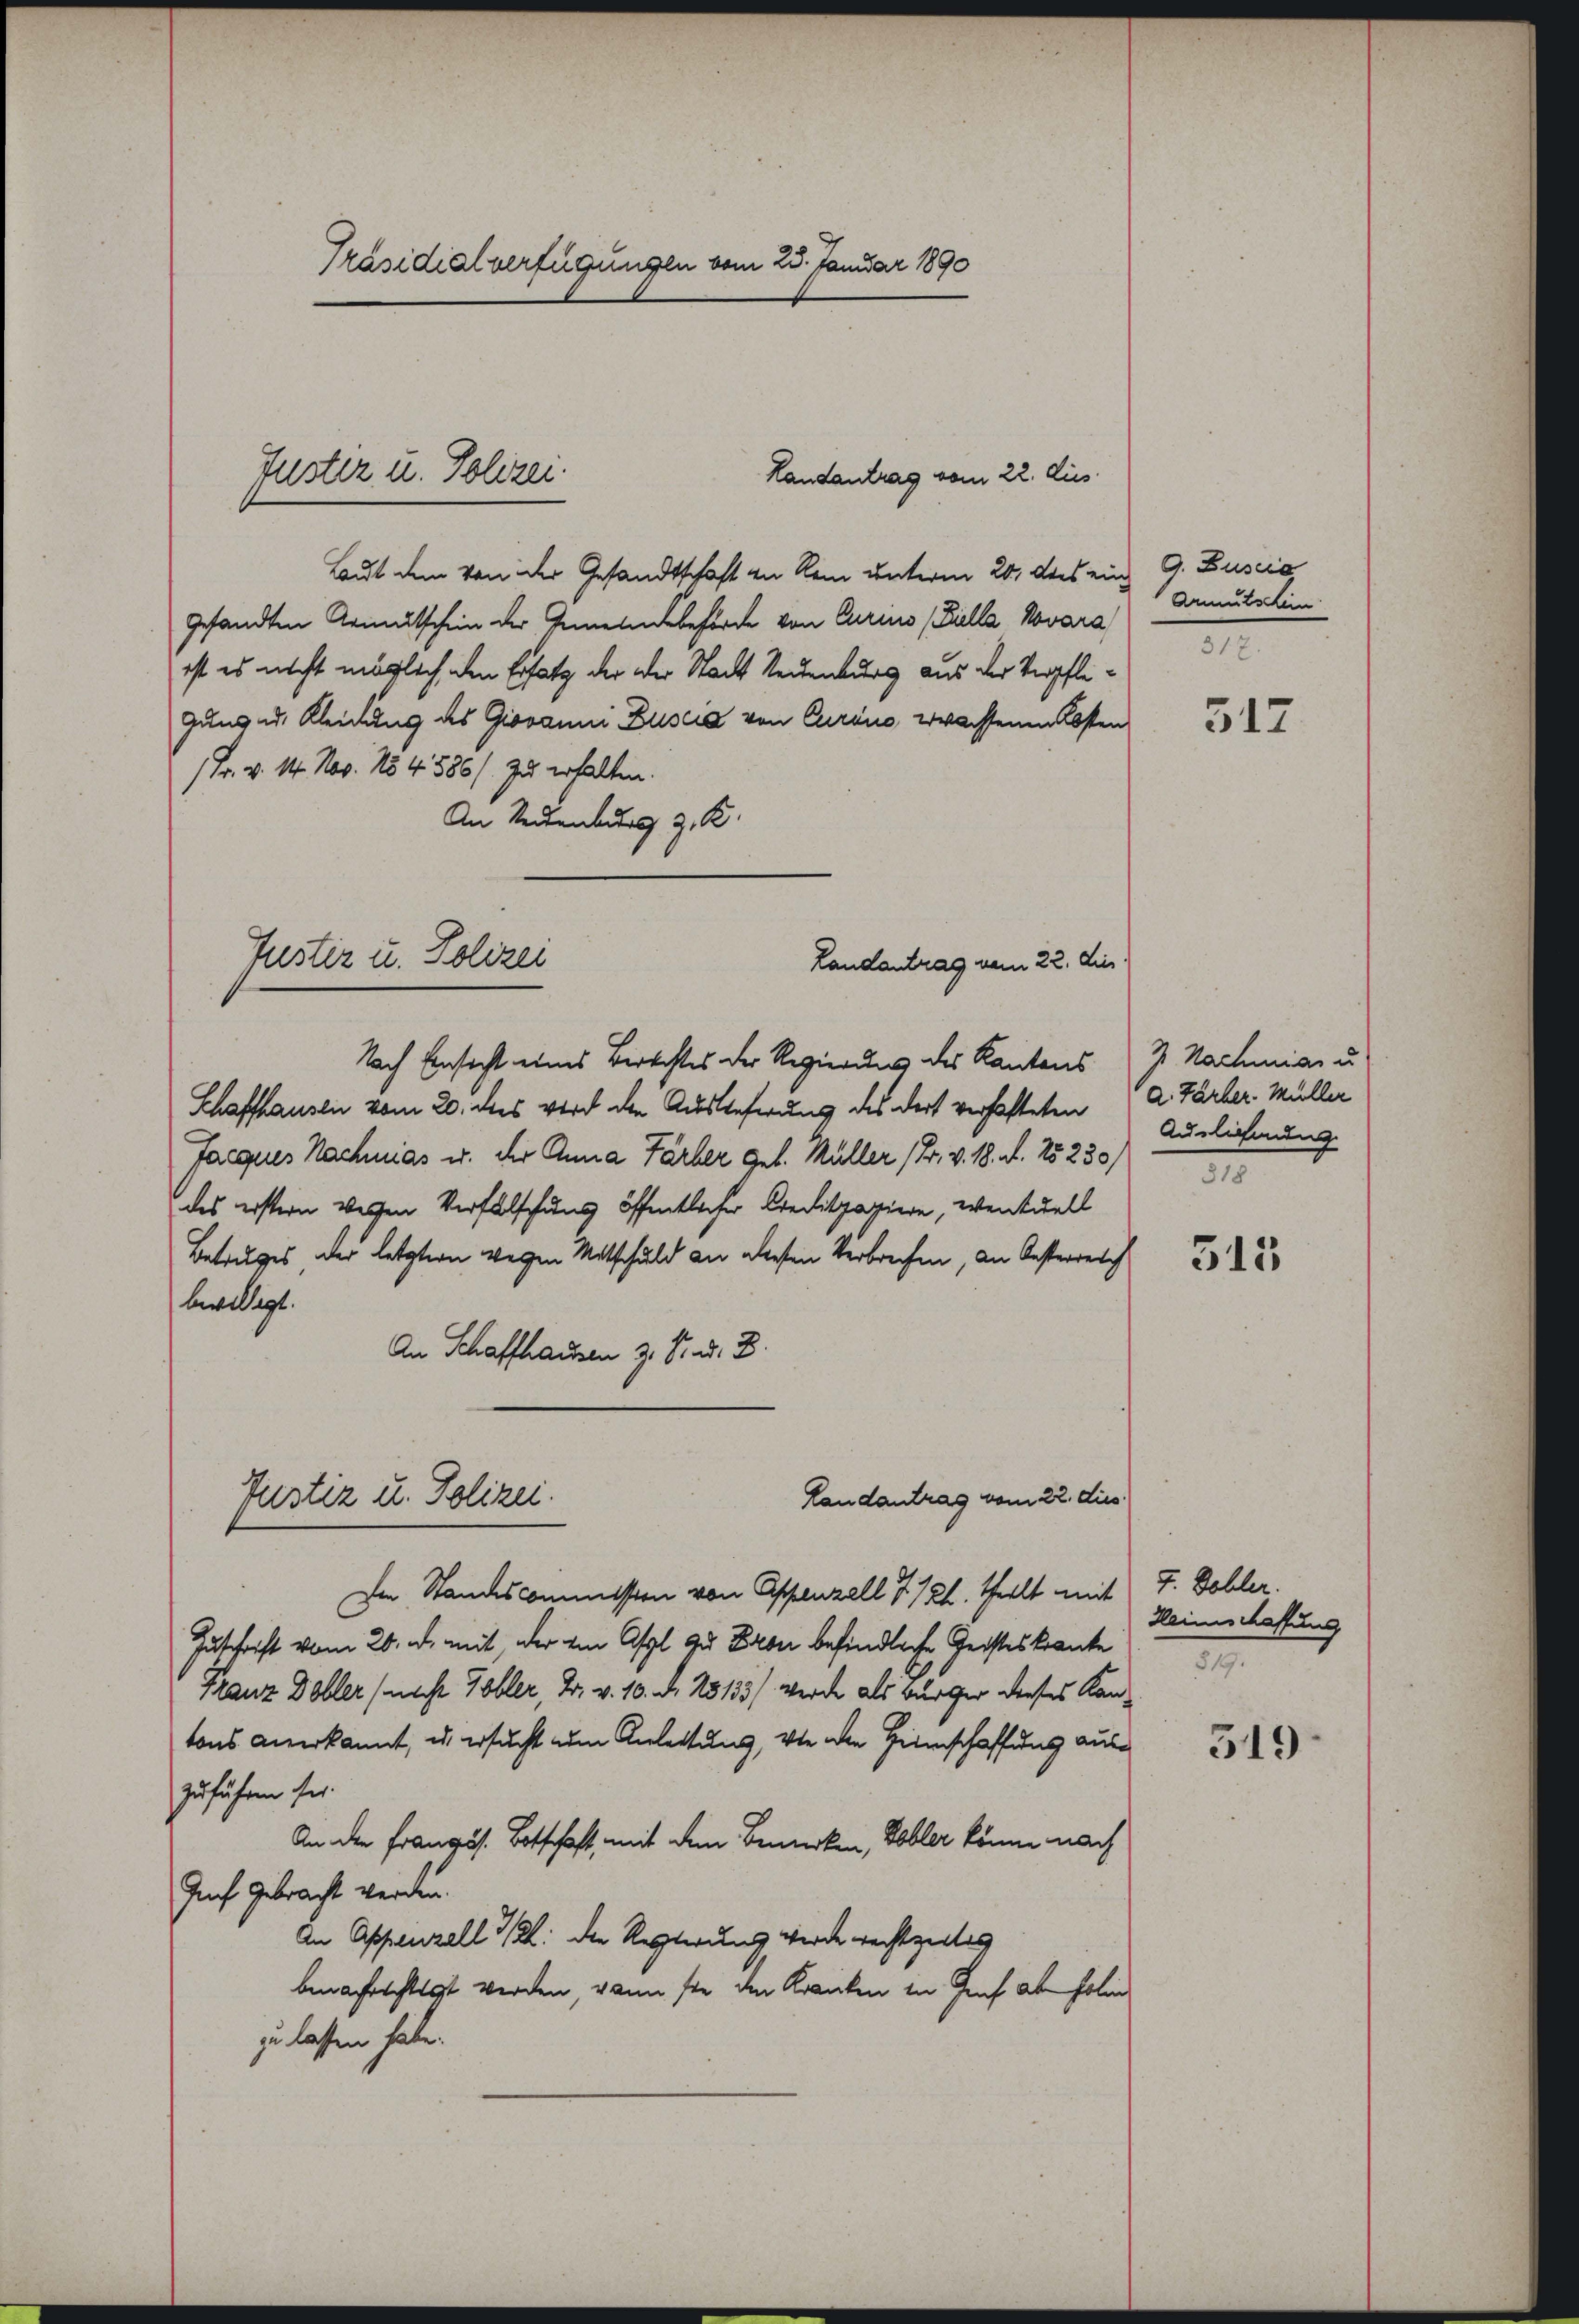
Laut dem von der Gesandtschaft an Rom unterm 20. ds ein G. Buscia
gesandten Armutschein der Gemeindebehörde von Curins (Fulla Novara,
ist es nicht möglich, den Ersatz der der Stacht Neuenburg aus der Verpfligung u. Kleidung des Giovanni Duscia von Curiis, wachsenen Kosten
1 Fr. v. 14. Nov. 154. 586/ zu erhalten.
An Neuenburg z. B.
Justiz u. Polizei
Landantrag vom 22. Di
Nach Einsicht eines Berechtes der Regierung des Kantons J. Nachmian u.
Schaffhausen vom 20. dies wird den Auslieferung des dort verhafteten A. Färber. Müller
Jacques Nachmias u. der Anna Färber geb. Müller (Fr. v. 18. d. 15230/
des erstern werden Verfalschung öffentlicher Creditpapiere, eventuell
Betruges, der letztern wegen Mitschuld an diesen Verbrechen, an Oesterreich
bewilligt.
An Schaffhausen z. B. d. 8.

Präsidialverfügungen vom 25. Januar 1890

fuster u. Polizei.
Handantrag vom 22. Aus

Justiz u. Polizei.

Landantrag vom 22. dies

Im Standescommission von Appenzell I. 121. theilt mit F. Bohler.
Zuschrift vom 20. d. mit, der von Asyl zu Baron befindliche Geisteskranke
Franz Doller (nicht Tobler, Dr. v. 10. Nr. 25133) werde als Bürger dieses Kantons anerkannt, u. ersucht zum Anleitung, von die Heimschaffung auszuführen sei.
An der Französ. Botschaft, mit dem Bemerken, Voller könne nach
Juch. Gebracht werden.
An Appenzell 3/22. den Resterung werde rechtzeitig
benafrechtigt werden, wenn sie den Kranken in Graf aber folin
zu lassen habe.

Amtschein
817.

517.

Auslichnung.

315

Heinschaffung
3

319